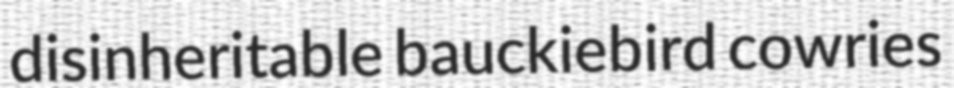
disinheritable bauckiebird cowries